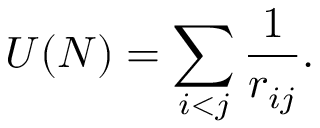
U ( N ) = \sum _ { i < j } { \frac { 1 } { r _ { i j } } } .